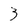
Character: 3